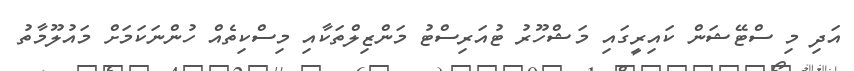
އަދި މި ސްޓޭޝަން ކައިރީގައި މަޝްހޫރު ޓުއަރިސްޓު މަންޒިލްތަކާއި މިސްކިތެއް ހުންނަކަމަށް މައުލޫމާތު